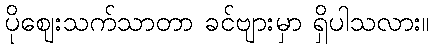
ပိုဈေးသက်သာတာ ခင်ဗျားမှာ ရှိပါသလား။